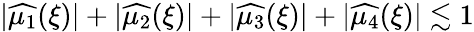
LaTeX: \begin{array}{r}{|\widehat{\mu_{1}}(\xi)|+|\widehat{\mu_{2}}(\xi)|+|\widehat{\mu_{3}}(\xi)|+|\widehat{\mu_{4}}(\xi)|\lesssim 1}\end{array}